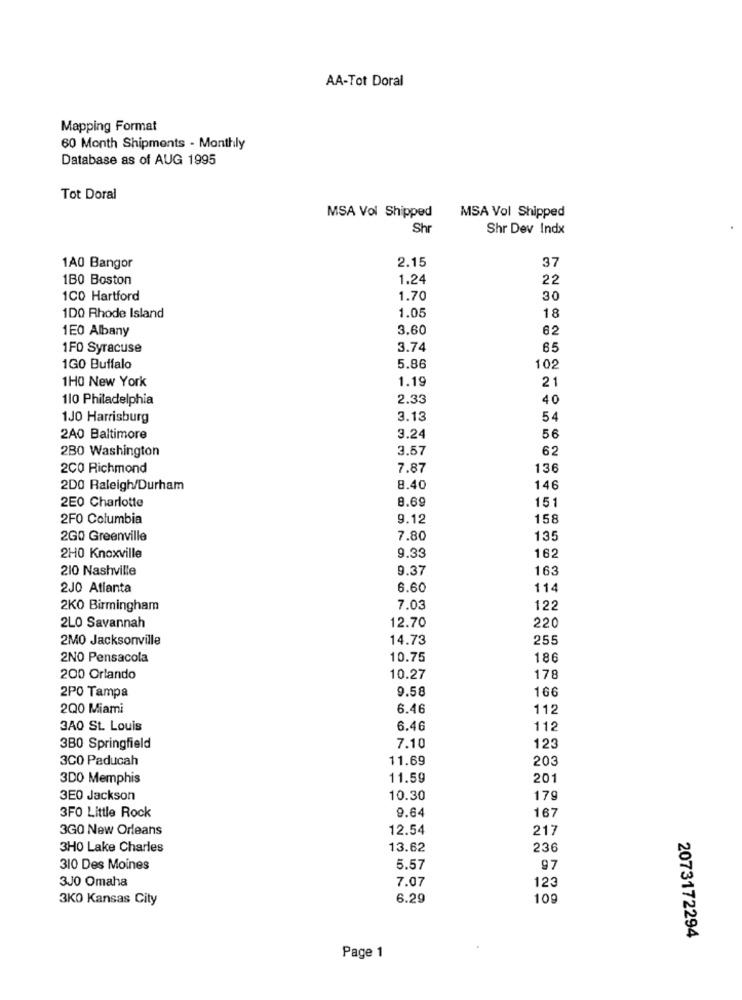
AA-Tot Doral
Mapping Format
60 Month Shipments - Monthly
Database as of AUG 1995
Tot Doral
MSA Vol Shipped
MSA Vol Shipped
Shr
Shr Dev Indx
2.15
37
1A0 Bangor
1B0 Boston
1.24
22
1CO Hartford
1.70
30
100 Rhode Island
1.05
18
1EO Albany
3.60
62
1FO Syracuse
3.74
65
1GO Buffalo
5.86
102
1HO New York
1.19
21
110 Philadelphia
2.33
40
1JO Harrisburg
3.13
54
2A0 Baltimore
3.24
56
280 Washington
3.57
62
2CO Richmond
7.87
136
2D0 Raleigh/Durham
8.40
146
2E0 Charlotte
8.69
151
2FO Columbia
9.12
158
2GO Greenville
7.80
135
162
2H0 Knoxville
9.33
210 Nashville
9.37
163
2JO Atlanta
6.60
114
2KO Birmingham
7.03
122
12.70
220
2LO Savannah
2MO Jacksonville
14.73
255
2NO Pensacola
10.75
186
200 Orlando
10.27
178
9.58
166
2PO Tampa
2Q0 Miami
6.46
112
3A0 St. Louis
6.46
112
380 Springfield
7.10
123
3CO Paducah
11.69
203
3DO Memphis
11.59
201
3E0 Jackson
10.30
179
9.64
3FO Little Rock
167
3GO New Orleans
12.54
217
3H0 Lake Charles
13.62
236
310 Des Moines
5.57
97
3J0 Omaha
7.07
123
3KO Kansas City
6.29
109
2073172294
Page 1